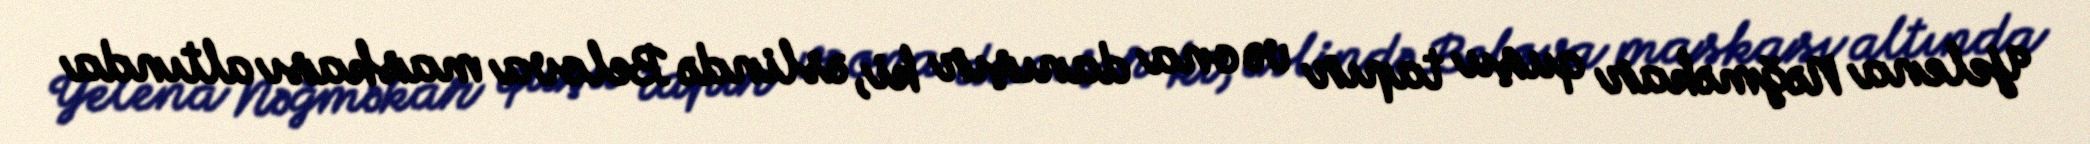
Yelena Nəğməkar quşu tapır və ona danışır ki, əslində Belova maskası altında